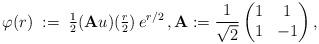
LaTeX: \begin{align*} \varphi(r)\;:=\;{\textstyle\frac{1}{2}}(\mathbf{A}u)({\textstyle\frac{r}{2}})\,e^{r/2}\,,\mathbf{A}:=\frac{1}{\sqrt{2}}\begin{pmatrix} 1 & 1 \\ 1 & -1 \end{pmatrix},\end{align*}